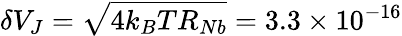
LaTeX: \delta V_{J}=\sqrt{4k_{B}TR_{Nb}}=3.3\times 10^{-16}